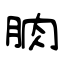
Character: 朒